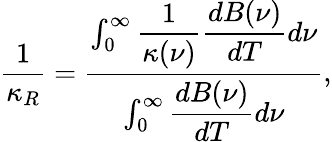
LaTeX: \frac{1}{\kappa_{R}}=\frac{\int_{0}^{\infty}\displaystyle\frac{1}{\kappa(\nu)}\displaystyle\frac{dB(\nu)}{dT}d\nu}{\int_{0}^{\infty}\displaystyle\frac{dB(\nu)}{dT}d\nu},